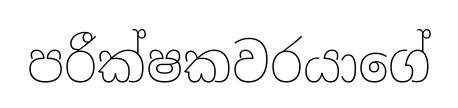
පරීක්ෂකවරයාගේ